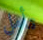
تأمل